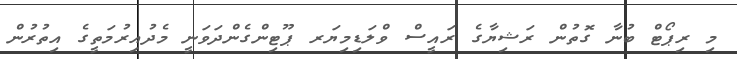
މި ރިޕޯޓް ބުނާ ގޮތުން ރަޝިޔާގެ ރައީސް ވްލަޑިމިޔަރ ޕޫޓިންގެންދަވަނީ މެދުއިރުމަތީގެ އިތުރުން